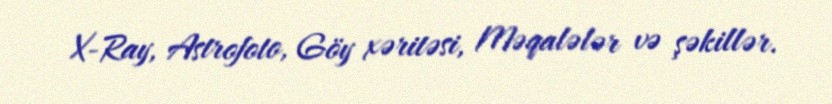
X-Ray, Astrofoto, Göy xəritəsi, Məqalələr və şəkillər.